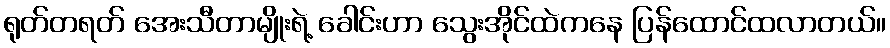
ရုတ်တရတ် အေးသီတာမျိုးရဲ့ ခေါင်းဟာ သွေးအိုင်ထဲကနေ ပြန်ထောင်ထလာတယ်။